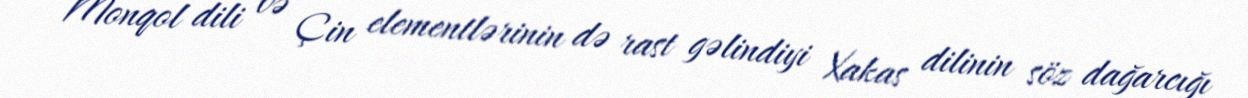
Monqol dili və Çin elementlərinin də rast gəlindiyi Xakas dilinin söz dağarcığı